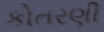
કોતરણી